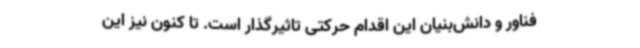
فناور و دانش‌بنیان این اقدام حرکتی تاثیرگذار است. تا کنون نیز این